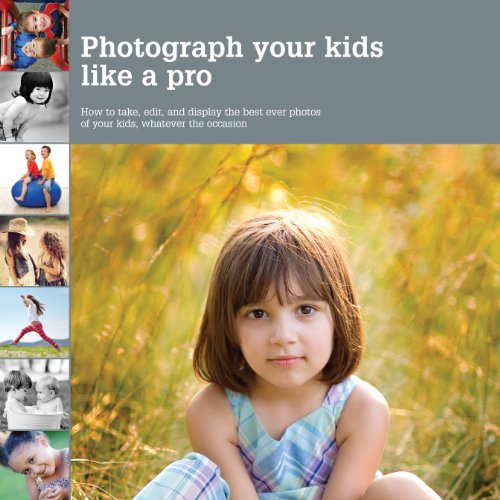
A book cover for Photograph Your Kids Like a Pro: How to Take, Edit, and Display the Best Ever Photos of Your Kids, Whatever the Occasion; Heather Mosher; Arts & Photography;